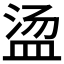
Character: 𱲒